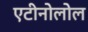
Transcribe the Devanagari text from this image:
एटीनोलोल